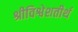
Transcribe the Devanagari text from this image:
श्रीविश्वेशतीर्थ